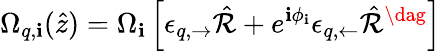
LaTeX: \Omega_{q,\mathbf{i}}(\hat{{z}})=\Omega_{\mathbf{i}}\left[\epsilon_{q,\rightarrow}\hat{{\mathcal{{R}}}}+e^{\mathbf{i}\phi_{\mathbf{i}}}\epsilon_{q,\leftarrow}\hat{{\mathcal{{R}}}}^{\dag}\right]